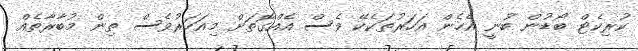
ކުރިކެޓް ބޯޑުން ބުނީ އެހެން އަހަރުތަކެކޭ ވެސް އެއްގޮތަށް މިއަހަރުވެސް ތިން މުބާރާތެއް